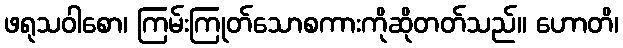
ဖရုသဝါစော၊ ကြမ်းကြုတ်သောစကားကိုဆိုတတ်သည်။ ဟောတိ၊